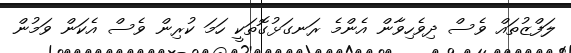
ލަފްޒުތައް ވެސް ދިވެހިވާން އެންމެ ރަނގަޅުގޮތަކީ ހަމަ ކުރިން ވެސް އެކަން ވަމުން